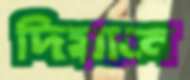
দিয়ানে